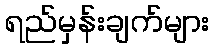
ရည်မှန်းချက်များ